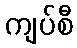
ကျပ်စီ